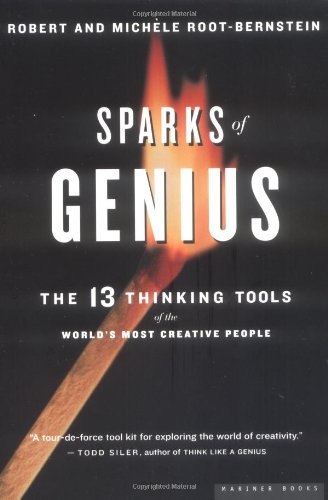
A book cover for Sparks of Genius: The Thirteen Thinking Tools of the World's Most Creative People; Robert S. Root-Bernstein; Health, Fitness & Dieting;